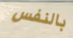
بالنفس